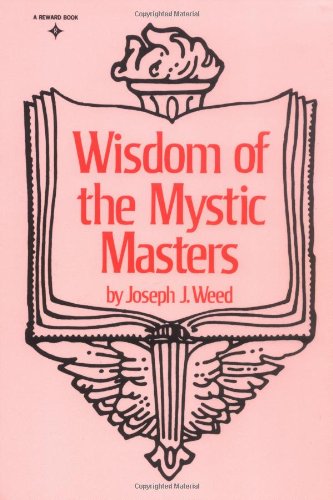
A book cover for Wisdom of the Mystic Masters; Joseph J. Weed; Religion & Spirituality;